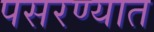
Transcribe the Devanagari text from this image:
पसरण्यात